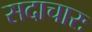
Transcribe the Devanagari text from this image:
सदाचारः